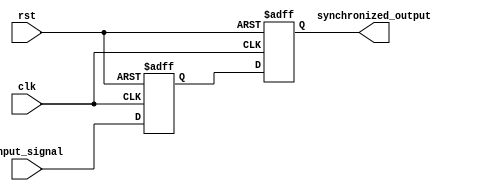
module two_flop_synchronizer(
    input wire clk,
    input wire rst,
    input wire input_signal,
    output reg synchronized_output
);

reg first_flop_output;

// First flip-flop capturing input on rising edge of clock
always @(posedge clk or posedge rst)
begin
    if(rst)
        first_flop_output <= 1'b0;
    else
        first_flop_output <= input_signal;
end

// Second flip-flop capturing output of first flop on falling edge of clock
always @(negedge clk or posedge rst)
begin
    if(rst)
        synchronized_output <= 1'b0;
    else
        synchronized_output <= first_flop_output;
end

endmodule